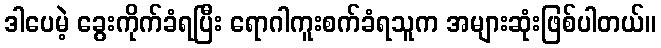
ဒါပေမဲ့ ခွေးကိုက်ခံရပြီး ရောဂါကူးစက်ခံရသူက အများဆုံးဖြစ်ပါတယ်။